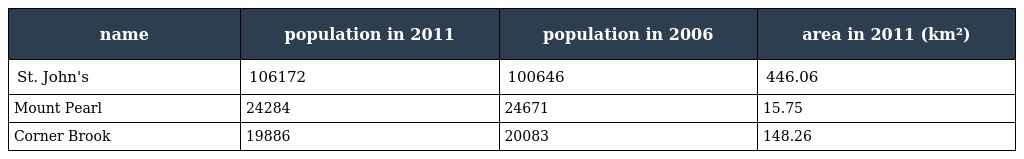
| name | population in 2011 | population in 2006 | area in 2011 (km²) |
 | --- | --- | --- | --- |
 | St. John's | 106172 | 100646 | 446.06 |
 | Mount Pearl | 24284 | 24671 | 15.75 |
 | Corner Brook | 19886 | 20083 | 148.26 |